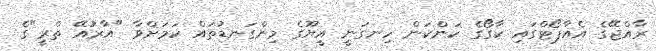
ރާއްޖޭގެ އެއާޕޯޓްގައި ކާގޯގެ ކަންކަން ހިނގަނީ އީޔޫގެ މިންގަނޑުތައް ކަމަށްވާ "އާރުއޭ ތްރީ"ގެ